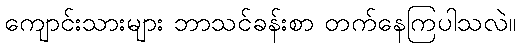
ကျောင်းသားများ ဘာသင်ခန်းစာ တက်နေကြပါသလဲ။